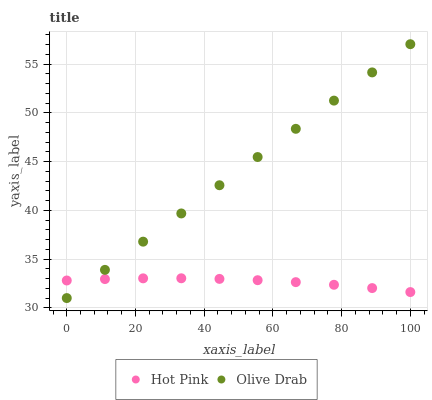
| xaxis_label | Hot Pink | Olive Drab |
 | --- | --- | --- |
 | 0 | 32.8 | 31 |
 | 11.1 | 32.9 | 33.9 |
 | 22.2 | 33 | 36.8 |
 | 33.3 | 33 | 39.7 |
 | 44.4 | 33 | 42.6 |
 | 55.6 | 32.8 | 45.5 |
 | 66.7 | 32.6 | 48.4 |
 | 77.8 | 32.4 | 51.3 |
 | 88.9 | 32 | 54.1 |
 | 100 | 31.6 | 57 |